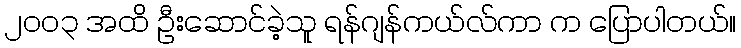
၂၀၀၃ အထိ ဦးဆောင်ခဲ့သူ ရန်ဂျန်ကယ်လ်ကာ က ပြောပါတယ်။